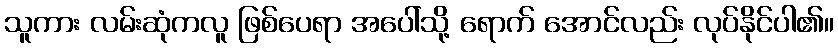
သူကား လမ်းဆုံကလူ ဖြစ်ပေရာ အပေါ်သို့ ရောက် အောင်လည်း လုပ်နိုင်ပါ၏။